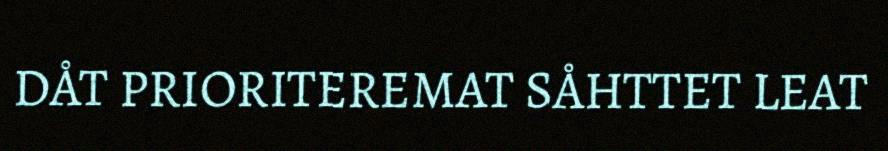
DÅT PRIORITEREMAT SÅHTTET LEAT